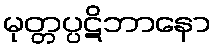
မုတ္တပ္ပဋိဘာနော